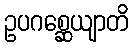
ဥပဂစ္ဆေယျာတိ